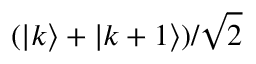
( | k \rangle + | k + 1 \rangle ) / \sqrt { 2 }